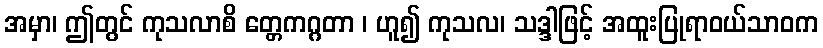
အမှာ၊ ဤတွင် ကုသလာစိ တ္တေကဂ္ဂတာ ၊ ဟူ၍ ကုသလ၊ သဒ္ဒါဖြင့် အထူးပြုရာဝယ်သာဝက